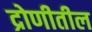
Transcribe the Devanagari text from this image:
द्रोणीतील